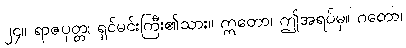
၂၄။ ရာဇပုတ္တ၊ ရှင်မင်းကြီး၏သား။ ဣတော၊ ဤအရပ်မှ။ ဂတော၊